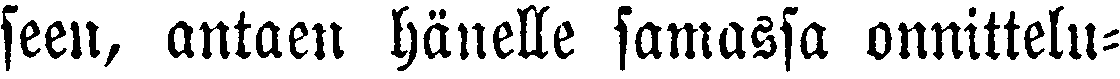
seen, antaen hänelle samassa onnittelu-